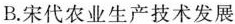
B.宋代农业生产技术发展